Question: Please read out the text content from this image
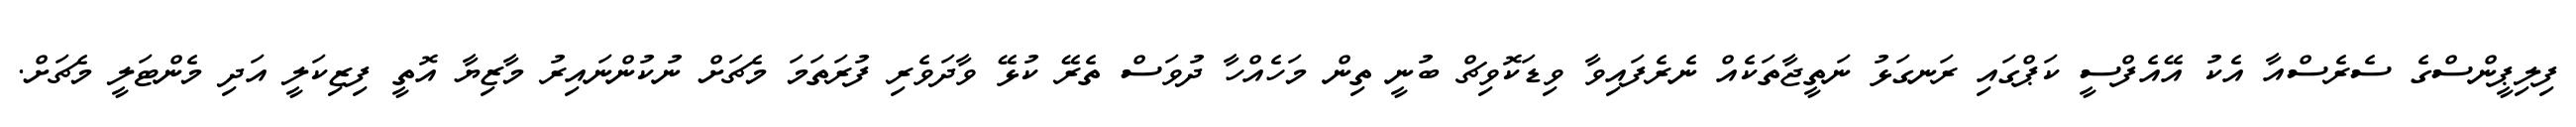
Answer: ފިލިޕީންސްގެ ސެރެސްއާ އެކު އޭއެފްސީ ކަޕްގައި ރަނގަޅު ނަތީޖާތަކެއް ނެރެފައިވާ ވިޑަކޮވިޗް ބުނީ ތިން މަހެއްހާ ދުވަސް ތެރޭ ކުޅޭ ވާދަވެރި ފުރަތަމަ މެޗަށް ނުކުންނައިރު މާޒިޔާ އޮތީ ފިޒިކަލީ އަދި މެންޓަލީ މެޗަށް.